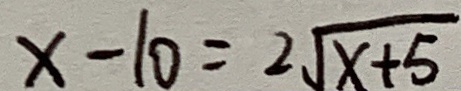
x - 1 0 = 2 \sqrt { x + 5 }